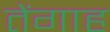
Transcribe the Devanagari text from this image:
तेंगाह